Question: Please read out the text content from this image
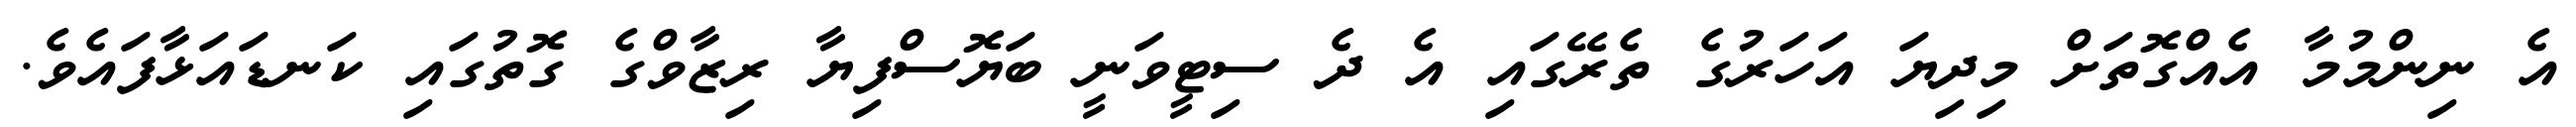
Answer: އެ ނިންމުމާ އެއްގޮތަށް މިދިޔަ އަހަރުގެ ތެރޭގައި އެ ދެ ސިޓީވަނީ ބަޔޮސްފިޔާ ރިޒާވްގެ ގޮތުގައި ކަނޑައަޅާފައެވެ.